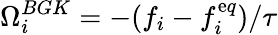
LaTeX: \Omega_{i}^{BGK}=-(f_{i}-f_{i}^{\mathrm{e}q})/\tau